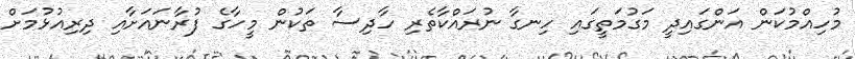
މުހިއްމުކަން އަންގައިދީ މަގުމަތީގައި ހިނގާ ނުރައްކާތެރި ހާދިސާ ތަކުން މީހާގެ ފުރާނައަށާއި ދިރިއުޅުމަށް